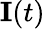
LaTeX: \mathbf{I}(t)